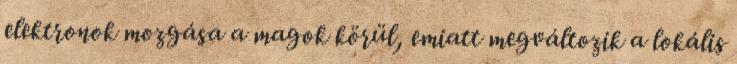
elektronok mozgása a magok körül, emiatt megváltozik a lokális